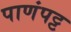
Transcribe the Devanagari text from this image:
पाणंपट्ट